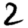
Digit: 2